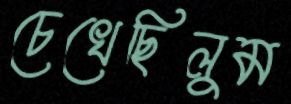
চেখেছিলুম